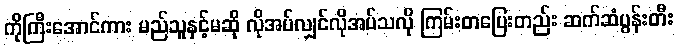
ကိုကြီးအောင်ကား မည်သူနှင့်မဆို လိုအပ်လျှင်လိုအပ်သလို ကြမ်းတပြေးတည်း ဆက်ဆံပွန်းတီး